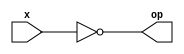

module notGate(x, op);
input x;
output op;
assign op = ~(x);
endmodule